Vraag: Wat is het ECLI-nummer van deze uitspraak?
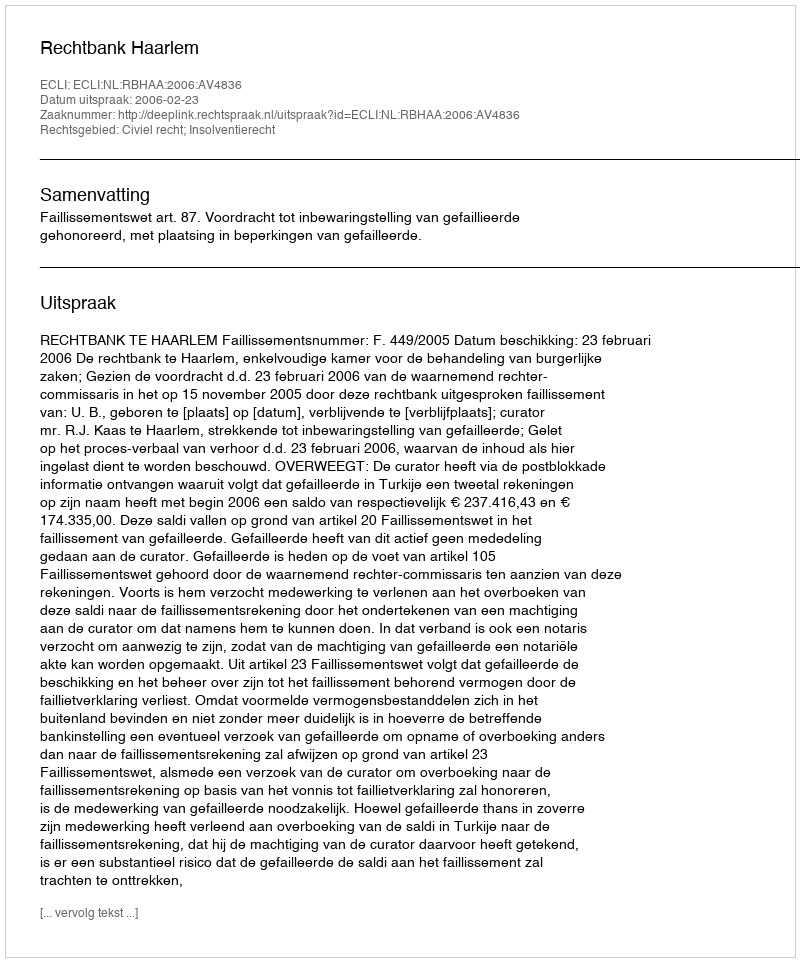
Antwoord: ECLI:NL:RBHAA:2006:AV4836